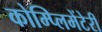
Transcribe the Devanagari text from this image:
कोम्प्लिमेंटेरी